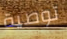
توصية